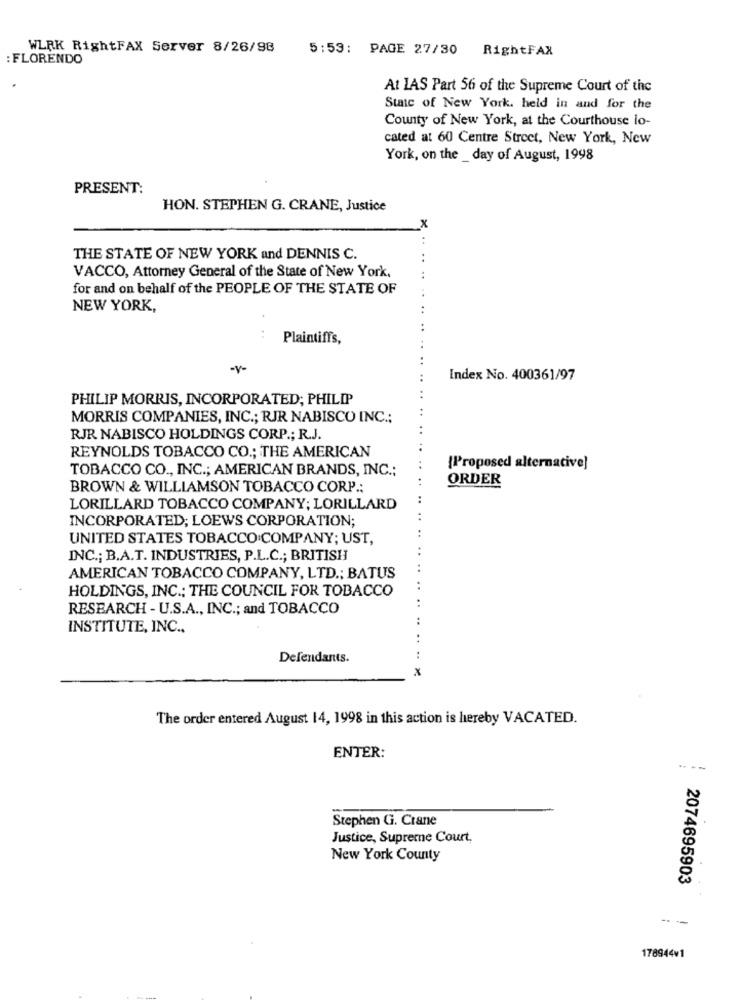
WLRK RightFAX Server 8/26/98
5:53: PAGE 27/30 RightFAX
: FLORENDO
At LAS Part 56 of the Supreme Court of the
State of New York. held in and for the
County of New York, at the Courthouse lo-
cated at 60 Centre Street, New York, New
York, on the _ day of August, 1998
PRESENT:
HON. STEPHEN G. CRANE, Justice
<. .
THE STATE OF NEW YORK and DENNIS C.
VACCO, Attorney General of the State of New York,
for and on behalf of the PEOPLE OF THE STATE OF
..
NEW YORK,
..
...
Plaintiffs,
Index No. 400361/97
PHILIP MORRIS, INCORPORATED; PHILIP
MORRIS COMPANIES, INC .; RJR NABISCO INC .;
RJR NABISCO HOLDINGS CORP .; R.J.
REYNOLDS TOBACCO CO .; THE AMERICAN
TOBACCO CO ., INC .; AMERICAN BRANDS, INC .;
{Proposed alternative]
ORDER
BROWN & WILLIAMSON TOBACCO CORP .:
LORILLARD TOBACCO COMPANY; LORILLARD
INCORPORATED; LOEWS CORPORATION;
UNITED STATES TOBACCO COMPANY; UST,
INC .; B.A.T. INDUSTRIES, P.L.C .; BRITISH
AMERICAN TOBACCO COMPANY, LTD .; BATUS
HOLDINGS, INC .; THE COUNCIL FOR TOBACCO
..
..
RESEARCH - U.S.A ., INC .; and TOBACCO
..
INSTITUTE, INC .,
.+
Defendants.
..
X
The order entered August 14, 1998 in this action is hereby VACATED.
ENTER:
....
Stephen G. Crane
Justice, Supreme Court.
New York County
2074695903
--
178944¥1